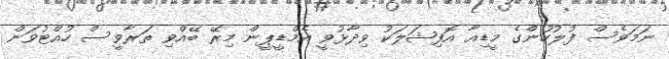
ނަމަވެސް ފުލުހުންގެ މީޑިއާ އޮފިޝަލަކު ވިދާޅުވީ އެމްޑީޕީން މިރޭ ބޭއްވި ތަރާވީސް ހުއްޓުވަން